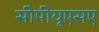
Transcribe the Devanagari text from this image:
सीपीयूएसए